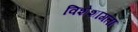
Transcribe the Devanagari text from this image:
विशेशागता